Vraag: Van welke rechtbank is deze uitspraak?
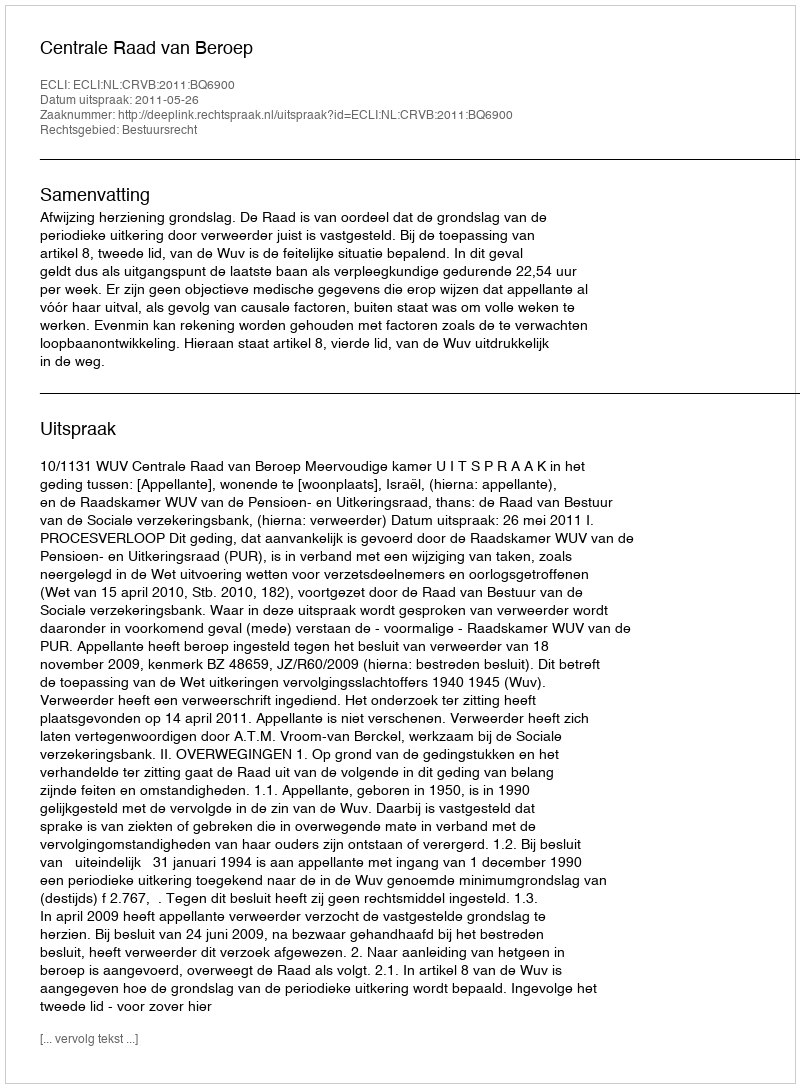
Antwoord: Centrale Raad van Beroep